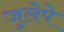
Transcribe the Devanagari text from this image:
जुलेपे